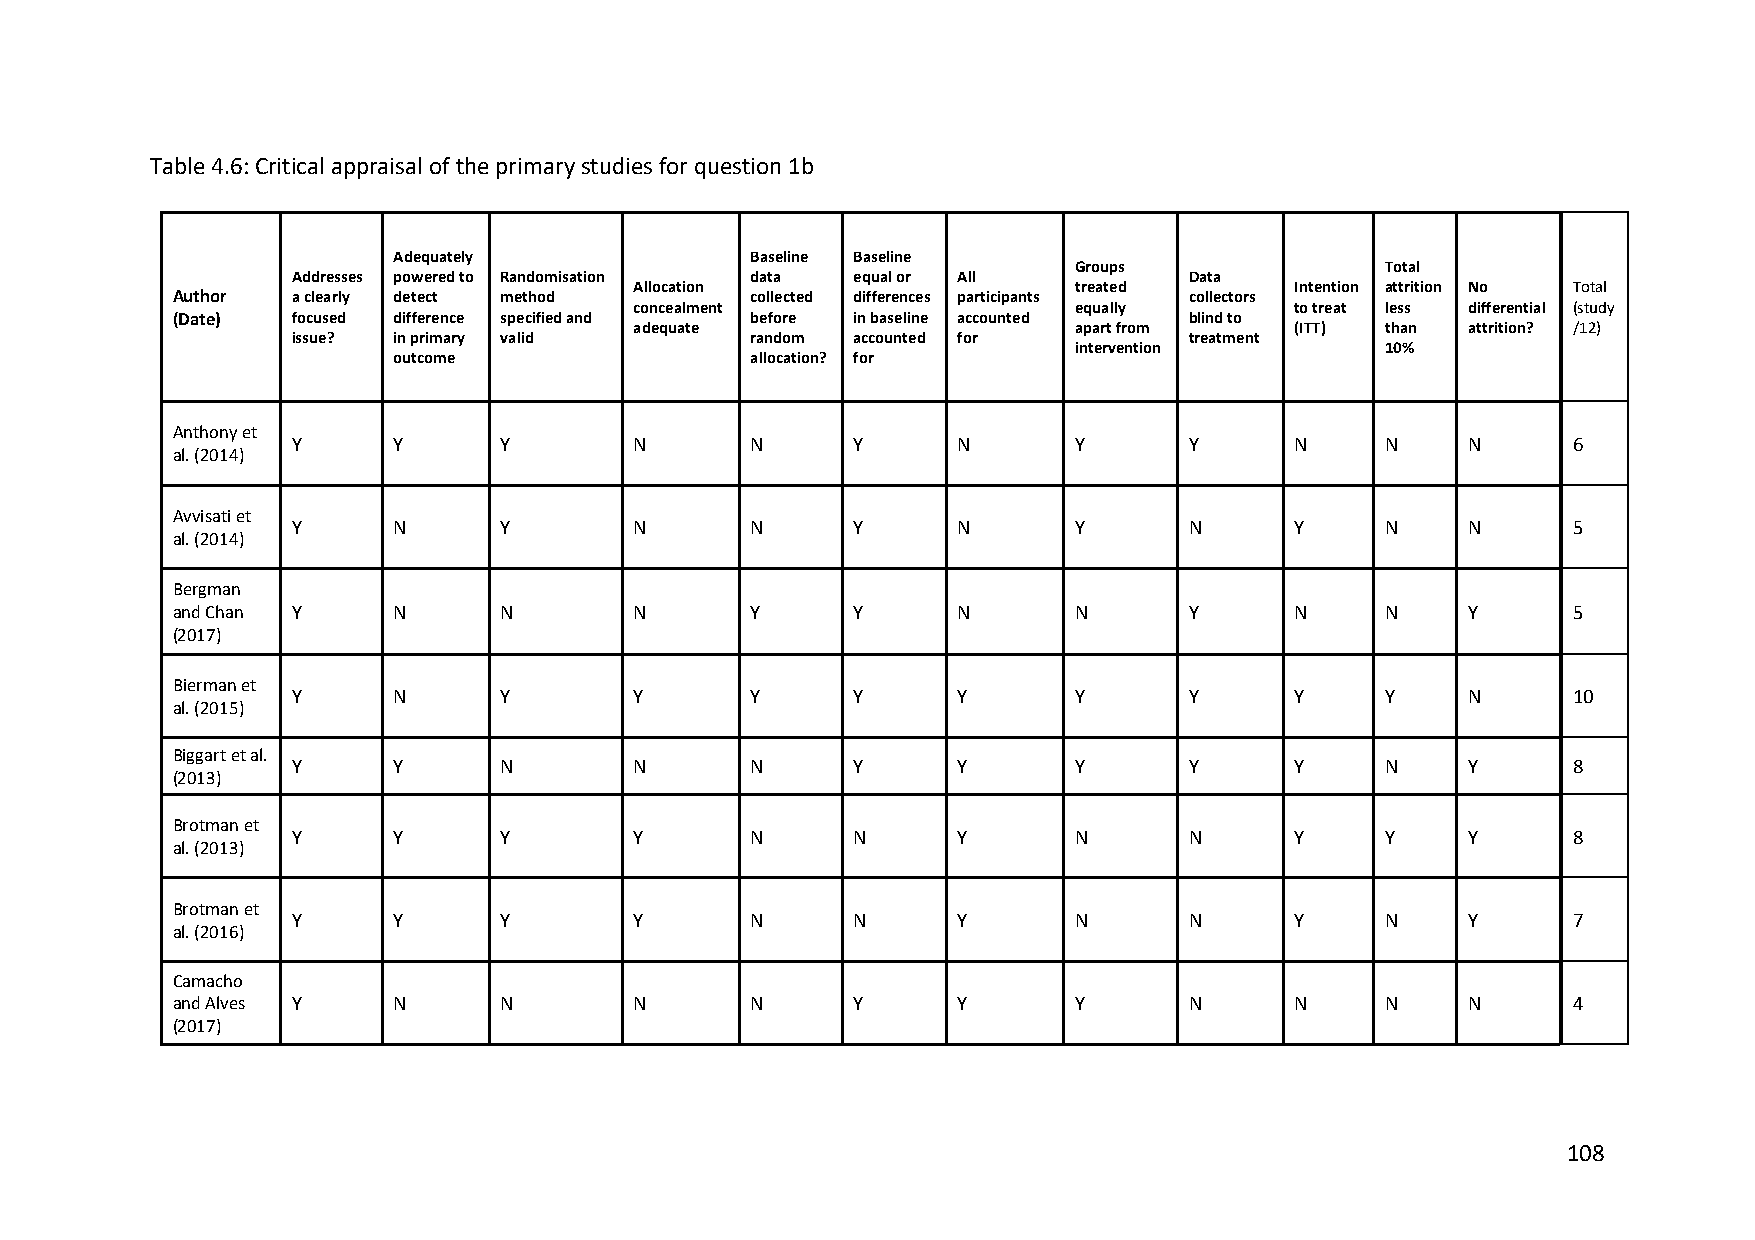
Table 4.6: Critical appraisal of the primary studies for question 1b
 Adequately              Baseline Baseline
 Groups               Total
 Addresses powered to Randomisation data equal or All        Data
 Allocation                   treated        Intention attrition No Total
 Author  a clearly detect method        collected differences participants collectors
 concealment                  equally        to treat less differential (study
 (Date)  focused difference specified and before in baseline accounted blind to
 adequate                     apart from     (ITT) than attrition? /12)
 issue? in primary valid        random accounted for         treatment
 intervention         10%
 outcome                 allocation? for
 Anthony et
 Y      Y      Y        N       N     Y      N       Y       Y      N     N    N      6
 al. (2014)
 Avvisati et
 Y      N      Y        N       N     Y      N       Y       N      Y     N    N      5
 al. (2014)
 Bergman
 and Chan Y     N      N        N       Y     Y      N       N       Y      N     N    Y      5
 (2017)
 Bierman et
 Y      N      Y        Y       Y     Y      Y       Y       Y      Y     Y    N      10
 al. (2015)
 Biggart et al.
 Y      Y      N        N       N     Y      Y       Y       Y      Y     N    Y      8
 (2013)
 Brotman et
 Y      Y      Y        Y       N     N      Y       N       N      Y     Y    Y      8
 al. (2013)
 Brotman et
 Y      Y      Y        Y       N     N      Y       N       N      Y     N    Y      7
 al. (2016)
 Camacho
 and Alves Y    N      N        N       N     Y      Y       Y       N      N     N    N      4
 (2017)
 108